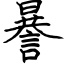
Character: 謈